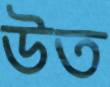
উত